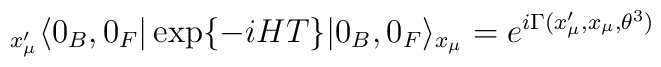
{}_{x^\prime_\mu}\langle 0_B,0_F|  \exp \{-iHT\} | 0_B,0_F\rangle_{x_\mu}=e^{i\Gamma(x'_\mu,x_\mu,\theta^3)}